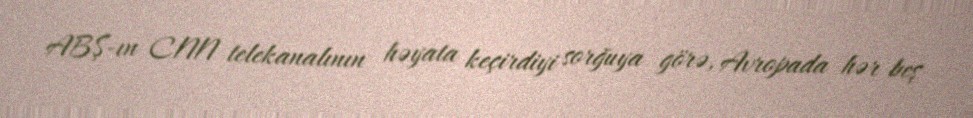
ABŞ-ın CNN telekanalının həyata keçirdiyi sorğuya görə, Avropada hər beş